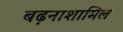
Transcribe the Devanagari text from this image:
बढ़नाशामिल